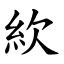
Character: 䊻